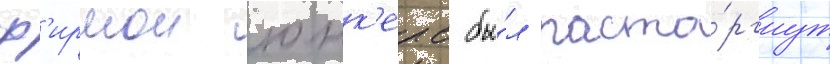
ф'ирмои юнк'ерс бы́л расто́ргнут